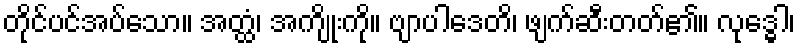
တိုင်ပင်အပ်သော။ အတ္ထံ၊ အကျိုးကို။ ဗျာပါဒေတိ၊ ဖျက်ဆီးတတ်၏။ လုဒ္ဓေါ၊